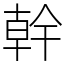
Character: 幹